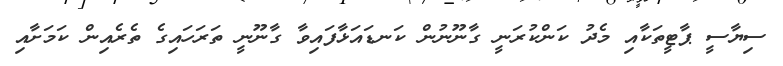
ސިޔާސީ ޕާޓީތަކާއި މެދު ކަންކުރަނީ ގާނޫނުން ކަނޑައަޅާފައިވާ ގާނޫނީ ތަރަހައިގެ ތެރެއިން ކަމަށާއި